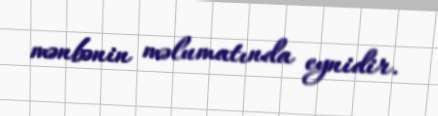
mənbənin məlumatında eynidir.